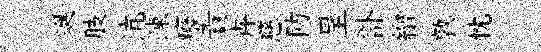
蜒肢沆疎癈責卉慈防呈訃繒敦忱